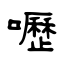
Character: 嚦